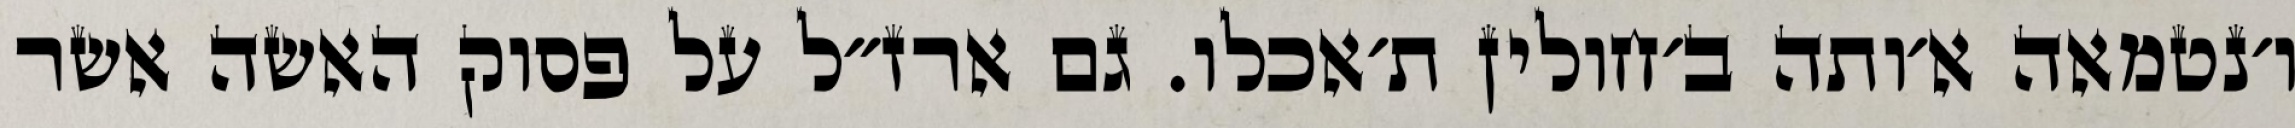
ו׳נטמאה א׳ותה ב׳חולין ת׳אכלו. גם ארז״ל על פסוק האשה אשר